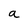
Character: a